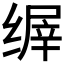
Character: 𬘽